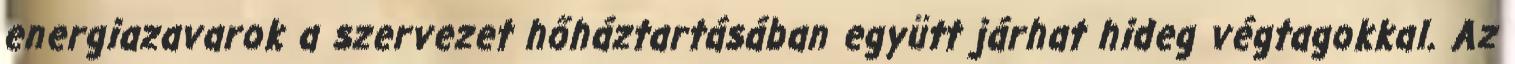
energiazavarok a szervezet hőháztartásában együtt járhat hideg végtagokkal. Az